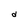
Character: d